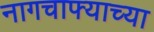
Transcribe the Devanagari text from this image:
नागचाफ्याच्या